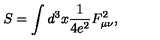
S = \int d ^ { 3 } x \frac { 1 } { 4 e ^ { 2 } } F _ { \mu \nu } ^ { 2 } ,